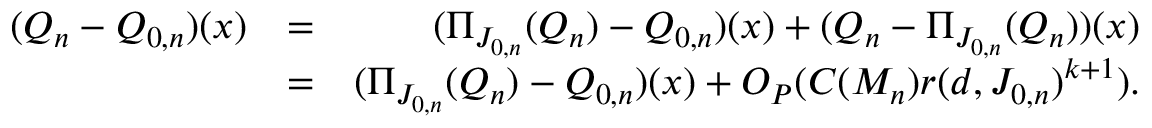
\begin{array} { r l r } { ( Q _ { n } - Q _ { 0 , n } ) ( x ) } & { = } & { ( \Pi _ { J _ { 0 , n } } ( Q _ { n } ) - Q _ { 0 , n } ) ( x ) + ( Q _ { n } - \Pi _ { J _ { 0 , n } } ( Q _ { n } ) ) ( x ) } \\ & { = } & { ( \Pi _ { J _ { 0 , n } } ( Q _ { n } ) - Q _ { 0 , n } ) ( x ) + O _ { P } ( C ( M _ { n } ) r ( d , J _ { 0 , n } ) ^ { k + 1 } ) . } \end{array}